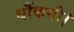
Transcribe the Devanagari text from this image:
धौंकनी।